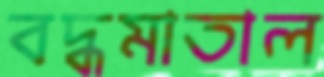
বদ্ধমাতাল